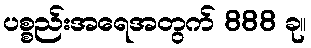
ပစ္စည်းအရေအတွက် 888 ခု။